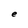
Character: e